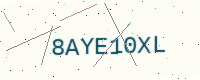
Text: 8AYE10XL